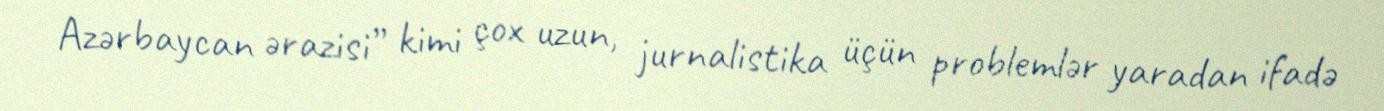
Azərbaycan ərazisi” kimi çox uzun, jurnalistika üçün problemlər yaradan ifadə